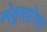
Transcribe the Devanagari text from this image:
स्पेकुलारिया